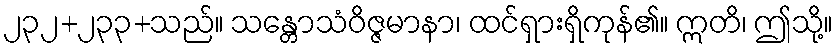
၂၃၂+၂၃၃+သည်။ သန္တောသံဝိဇ္ဇမာနာ၊ ထင်ရှားရှိကုန်၏။ ဣတိ၊ ဤသို့။